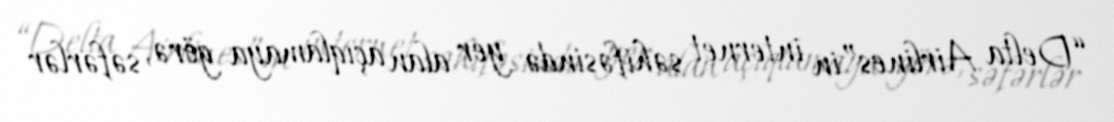
“Delta Airlines”in internet səhifəsində yer alan açıqlamaya görə, səfərlər